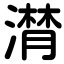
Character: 潸